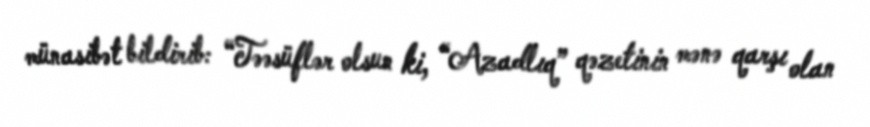
münasibət bildirib: “Təəsüflər olsun ki, “Azadlıq” qəzetinin mənə qarşı olan